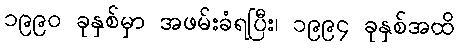
၁၉၉၀ ခုနှစ်မှာ အဖမ်းခံရပြီး၊ ၁၉၉၄ ခုနှစ်အထိ